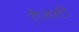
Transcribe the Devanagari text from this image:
तैजसी